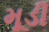
મૂડી